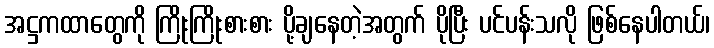
အဋ္ဌကထာတွေကို ကြိုးကြိုးစားစား ပို့ချနေတဲ့အတွက် ပိုပြီး ပင်ပန်းသလို ဖြစ်နေပါတယ်၊